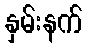
နှမ်းနက်